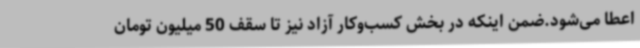
اعطا می‌شود.ضمن اینکه در بخش کسب‌وکار آزاد نیز تا سقف 50 میلیون تومان